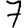
Digit: 7